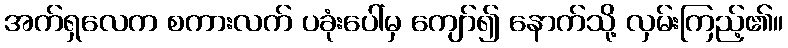
အက်ရှလေက စကားလက် ပခုံးပေါ်မှ ကျော်၍ နောက်သို့ လှမ်းကြည့်၏။